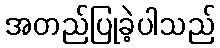
အတည်ပြုခဲ့ပါသည်